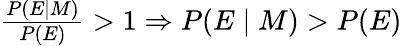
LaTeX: \textstyle{\frac{P(E\mid M)}{P(E)}}>1\Rightarrow\textstyle P(E\mid M)>P(E)